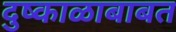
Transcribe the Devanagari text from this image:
दुष्काळाबाबत